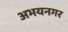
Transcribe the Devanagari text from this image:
अभयनगर